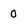
Character: O